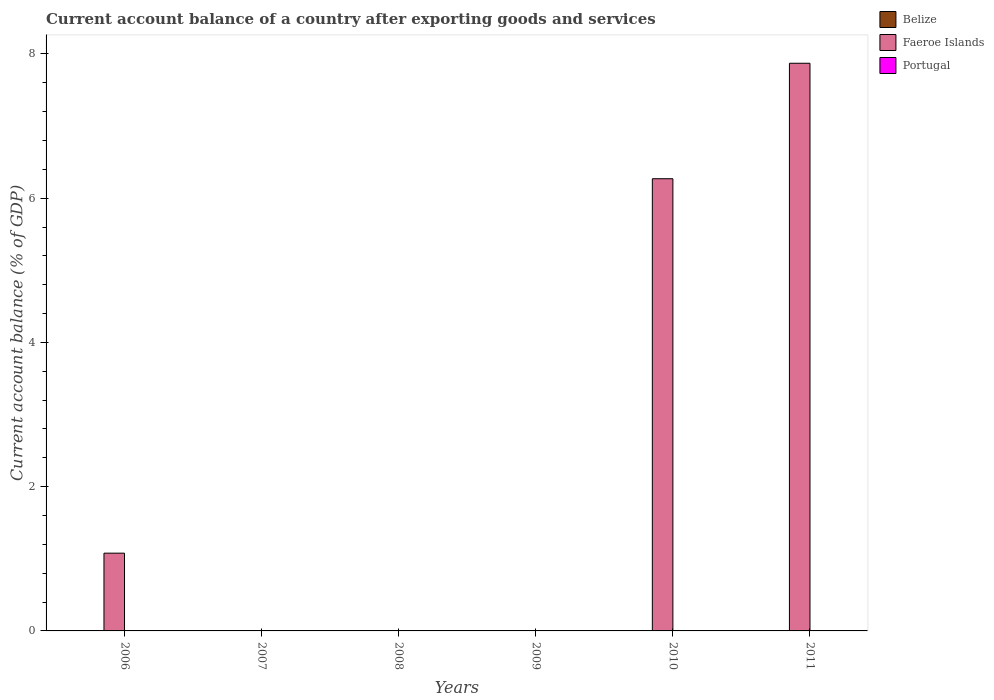
| Years | Belize | Faeroe Islands | Portugal |
 | --- | --- | --- | --- |
 | 2006 | -2.09 | 1.08 | -10.7 |
 | 2007 | -4.04 | -3.54 | -9.79 |
 | 2008 | -10.6 | -1.27 | -12.2 |
 | 2009 | -6.2 | -1.09 | -10.4 |
 | 2010 | -3.27 | 6.27 | -10.2 |
 | 2011 | -1.34 | 7.87 | -6.06 |